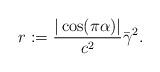
LaTeX: \begin{align*} \displaystyle r:=\frac{|\cos(\pi \alpha)|}{c^2}\bar \gamma^2.\end{align*}